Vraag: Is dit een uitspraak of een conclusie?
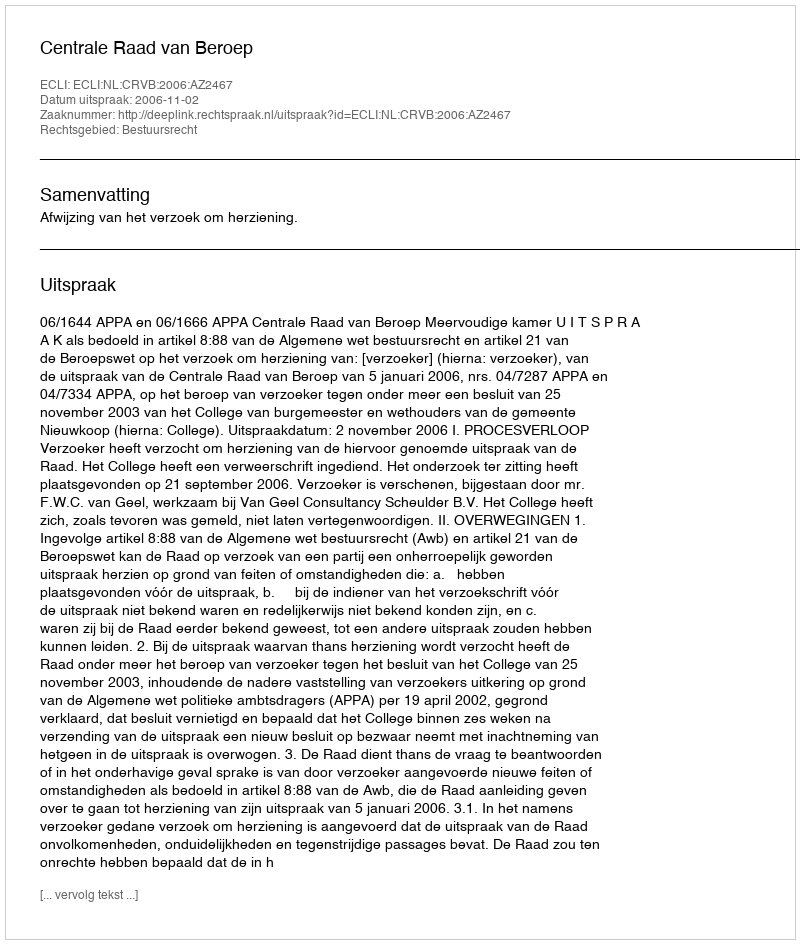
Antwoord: Uitspraak